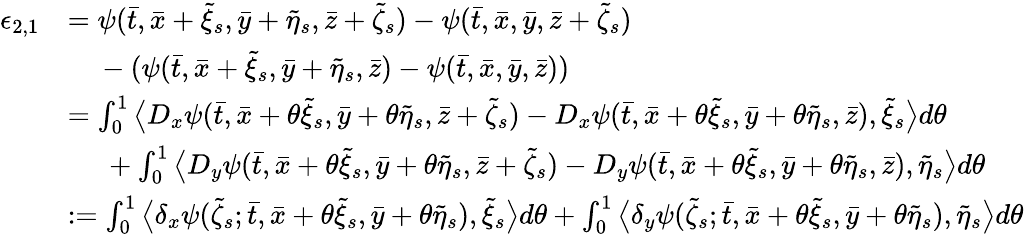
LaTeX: \begin{array}{rl}{\epsilon_{2,1}}&{=\psi(\bar{t},\bar{x}+\tilde{\xi}_{s},\bar{y}+\tilde{\eta}_{s},\bar{z}+\tilde{\zeta}_{s})-\psi(\bar{t},\bar{x},\bar{y},\bar{z}+\tilde{\zeta}_{s})}\\ &{\mathrm{~\ ~\ }-(\psi(\bar{t},\bar{x}+\tilde{\xi}_{s},\bar{y}+\tilde{\eta}_{s},\bar{z})-\psi(\bar{t},\bar{x},\bar{y},\bar{z}))}\\ &{=\int_{0}^{1}\big\langle D_{x}\psi(\bar{t},\bar{x}+\theta\tilde{\xi}_{s},\bar{y}+\theta\tilde{\eta}_{s},\bar{z}+\tilde{\zeta}_{s})-D_{x}\psi(\bar{t},\bar{x}+\theta\tilde{\xi}_{s},\bar{y}+\theta\tilde{\eta}_{s},\bar{z}),\tilde{\xi}_{s}\big\rangle d\theta}\\ &{\mathrm{\ ~\ ~\ }+\int_{0}^{1}\big\langle D_{y}\psi(\bar{t},\bar{x}+\theta\tilde{\xi}_{s},\bar{y}+\theta\tilde{\eta}_{s},\bar{z}+\tilde{\zeta}_{s})-D_{y}\psi(\bar{t},\bar{x}+\theta\tilde{\xi}_{s},\bar{y}+\theta\tilde{\eta}_{s},\bar{z}),\tilde{\eta}_{s}\big\rangle d\theta}\\ &{:=\int_{0}^{1}\big\langle\delta_{x}\psi(\tilde{\zeta}_{s};\bar{t},\bar{x}+\theta\tilde{\xi}_{s},\bar{y}+\theta\tilde{\eta}_{s}),\tilde{\xi}_{s}\big\rangle d\theta+\int_{0}^{1}\big\langle\delta_{y}\psi(\tilde{\zeta}_{s};\bar{t},\bar{x}+\theta\tilde{\xi}_{s},\bar{y}+\theta\tilde{\eta}_{s}),\tilde{\eta}_{s}\big\rangle d\theta}\end{array}